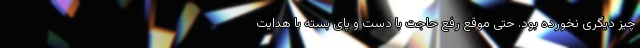
چیز دیگری نخورده بود. حتی موقع رفع حاجت با دست و پای بسته با هدایت